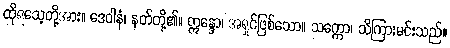
ထိုရသေ့တို့အား။ ဒေဝါနံ၊ နတ်တို့၏။ ဣန္ဒော၊ အရှင်ဖြစ်သော။ သက္ကော၊ သိကြားမင်းသည်။